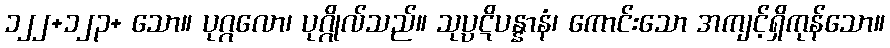
၁၂၂+၁၂၃+ သော။ ပုဂ္ဂလော၊ ပုဂ္ဂိုလ်သည်။ သုပ္ပဋိပန္နာနံ၊ ကောင်းသော အကျင့်ရှိကုန်သော။